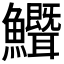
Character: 𬵺